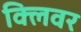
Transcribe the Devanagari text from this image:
क्लिवर